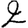
Digit: 2